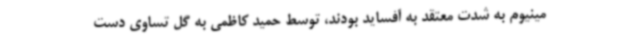
مینیوم به شدت معتقد به آفساید بودند، توسط حمید کاظمی به گل تساوی دست